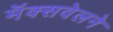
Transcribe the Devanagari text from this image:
मॅक्सवेलने